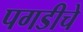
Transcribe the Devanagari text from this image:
पगडीचे